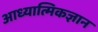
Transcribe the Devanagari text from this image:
आध्यात्मिकज्ञान